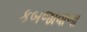
કબજાવાળા